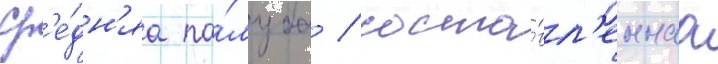
ср'е́дн'яа па́луба / соста́вл'еннаа